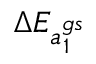
{ \Delta E _ { a _ { 1 } ^ { g s } } }